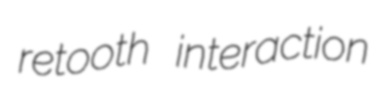
retooth interaction